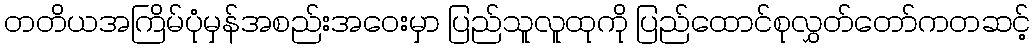
တတိယအကြိမ်ပုံမှန်အစည်းအဝေးမှာ ပြည်သူလူထုကို ပြည်ထောင်စုလွှတ်တော်ကတဆင့်